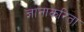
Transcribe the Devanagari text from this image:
ज्ञानाकरिता